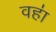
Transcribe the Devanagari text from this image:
वहा॑